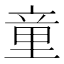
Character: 童